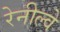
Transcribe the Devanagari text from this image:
रेनील्वे